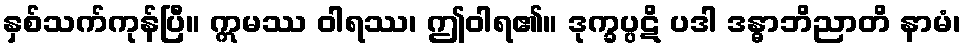
နှစ်သက်ကုန်ပြီ။ ဣမဿ ဝါရဿ၊ ဤဝါရ၏။ ဒုက္ခပ္ပဋိ ပဒါ ဒန္ဓာဘိညာတိ နာမံ၊